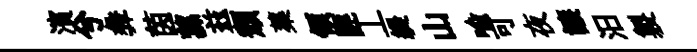
濱兮彜茵蓀兹頽蕖領匪丄緹山喻可夜譲汨製